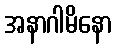
အနာဂါမိနော